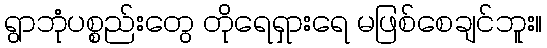
ရွာဘုံပစ္စည်းတွေ တိုရေရှားရေ မဖြစ်စေချင်ဘူး။